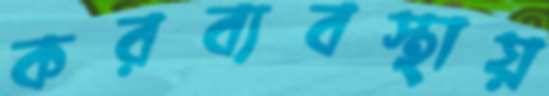
করব্যবস্থায়